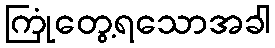
ကြုံတွေ့ရသောအခါ